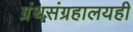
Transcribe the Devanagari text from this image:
ग्रंथसंग्रहालयही